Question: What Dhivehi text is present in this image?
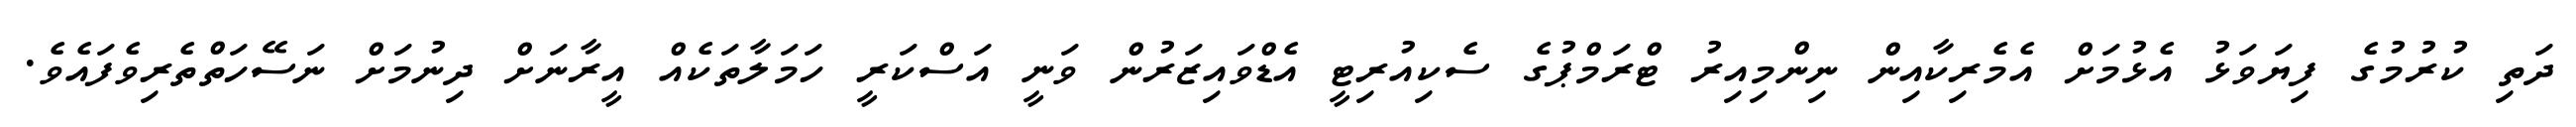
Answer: ދަތި ކުރުމުގެ ފިޔަވަޅު އެޅުމަށް އެމެރިކާއިން ނިންމިއިރު ޓްރަމްޕުގެ ސެކިއުރިޓީ އެޑްވައިޒަރުން ވަނީ އަސްކަރީ ހަމަލާތަކެއް އީރާނަށް ދިނުމަށް ނަސޭހަތްތެރިވެފައެވެ.